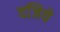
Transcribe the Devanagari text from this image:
दजिये